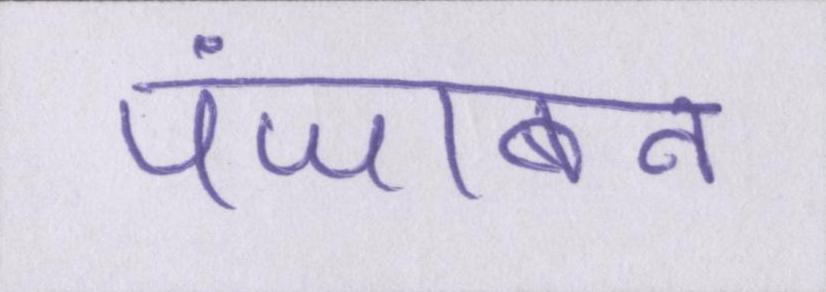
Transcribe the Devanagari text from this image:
पंजाबन